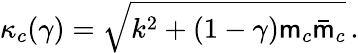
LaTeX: \kappa_{c}(\gamma)=\sqrt{k^{2}+(1-\gamma){\sf m}_{c}\bar{\sf m}_{c}}\, .